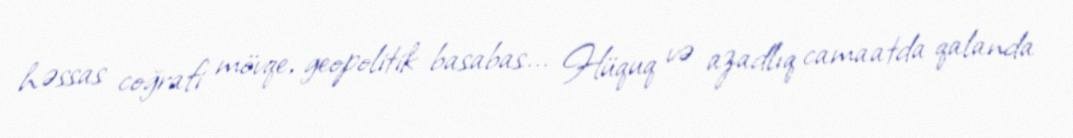
həssas coğrafi mövqe, geopolitik basabas... Hüquq və azadlıq camaatda qalanda